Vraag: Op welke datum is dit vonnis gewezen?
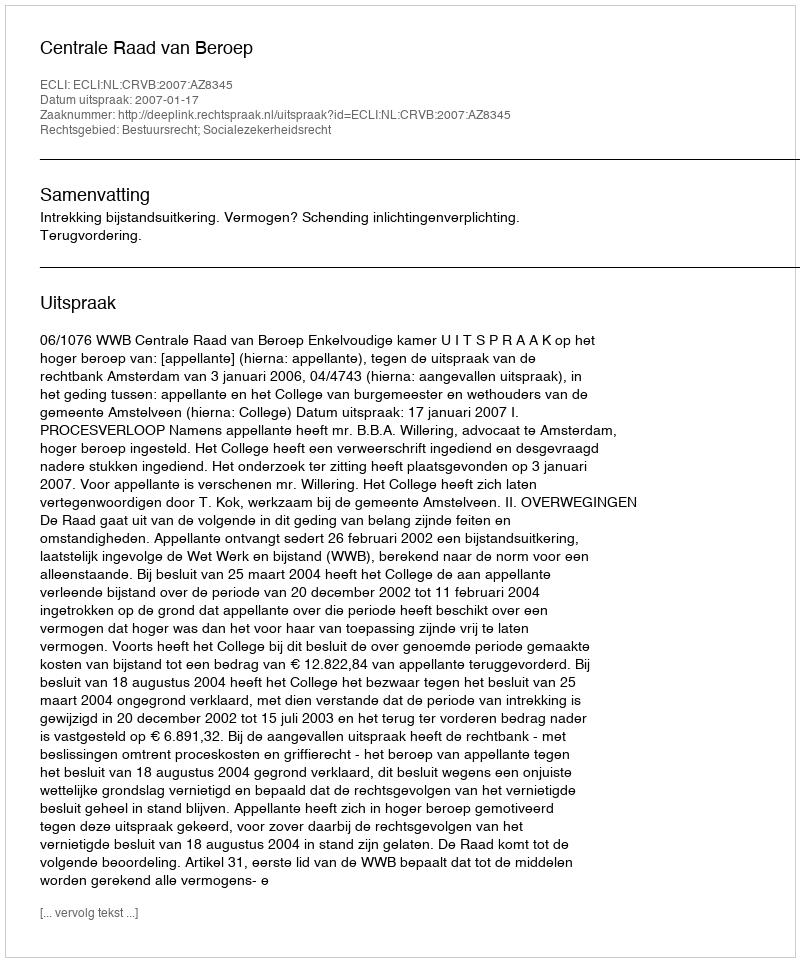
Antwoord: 2007-01-17